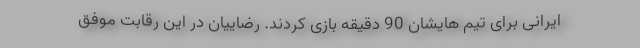
ایرانی برای تیم هایشان 90 دقیقه بازی کردند. رضاییان در این رقابت موفق